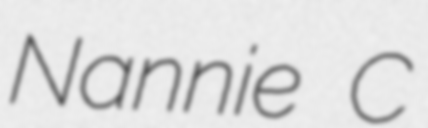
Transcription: Nannie C